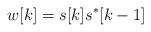
LaTeX: \begin{align*}\ w[k]=s[k]s^*[k-1]\end{align*}